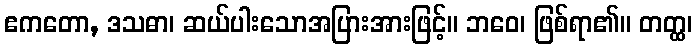
ဧကတော, ဒသဓာ၊ ဆယ်ပါးသောအပြားအားဖြင့်။ ဘဝေ၊ ဖြစ်ရာ၏။ တတ္ထ၊